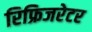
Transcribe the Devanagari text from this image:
रिफ्रिजरेटर